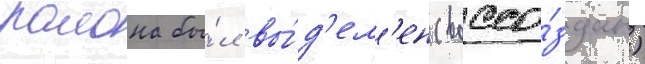
раиона бы́л вы́д'ел'ен (воссо́здан)